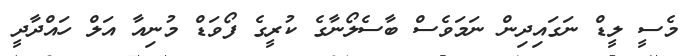
މެސީ ލީޑް ނަގައިދިން ނަމަވެސް ބާސެލޯނާގެ ކުރީގެ ފޯވަޑް މުނިއާ އަލް ހައްދާދީ